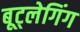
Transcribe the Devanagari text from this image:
बूट्लेगिंग